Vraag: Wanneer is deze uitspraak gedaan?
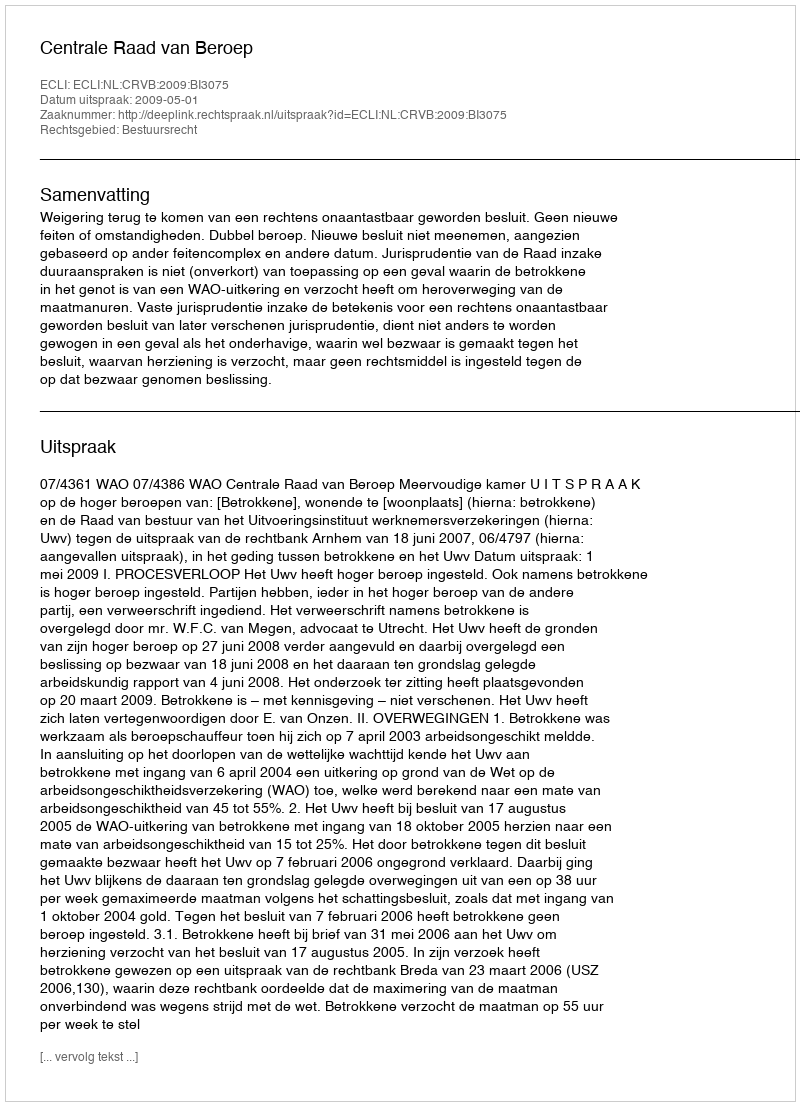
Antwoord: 2009-05-01